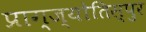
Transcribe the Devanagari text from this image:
प्राग्ज्योतिस्पुर